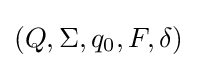
(Q,\Sigma ,q_{0},F,\delta )